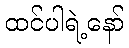
ထင်ပါရဲ့နော်